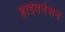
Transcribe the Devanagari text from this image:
हाईबर्नेशन